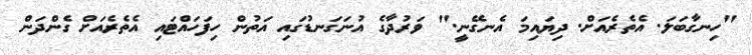
"ހިނގާބަލަ. އެތެރެއަށް. ދިޔައިމަ އެނގޭނީ." ވަރުދާގެ އުނަގަނޑުގައި އަތުން ހިފަހައްޓައި އެތެރެއަށް ގެންދަން